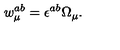
w _ { \mu } ^ { a b } = \epsilon ^ { a b } \Omega _ { \mu } .